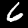
Label: 6